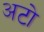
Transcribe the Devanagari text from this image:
अटो